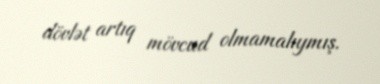
dövlət artıq mövcud olmamalıymış.